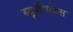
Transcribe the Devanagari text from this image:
ब्यूशैंपकेस